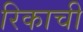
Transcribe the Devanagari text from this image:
रिकाची